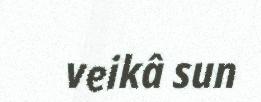
veikâ sun